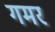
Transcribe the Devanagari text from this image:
गमर